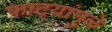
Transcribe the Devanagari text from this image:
फाट्यांमुळे